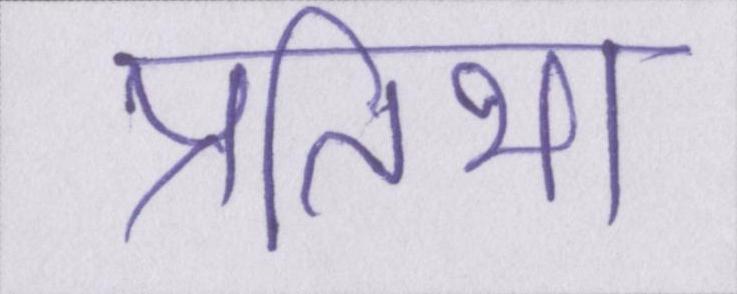
प्रतिभा